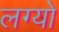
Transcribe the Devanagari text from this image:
लग्यो